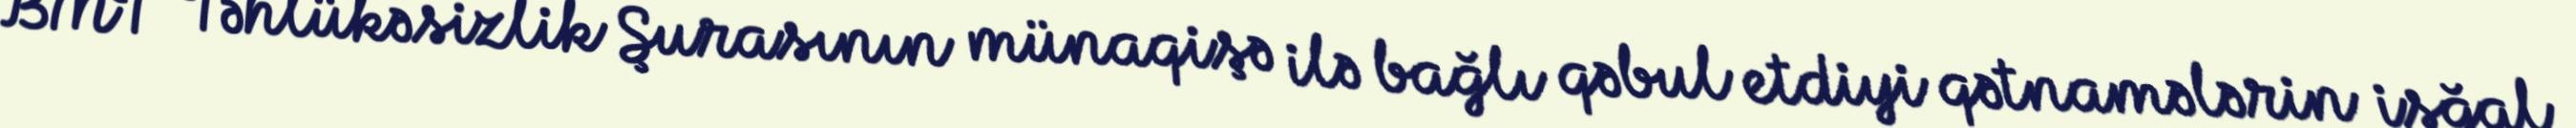
BMT Təhlükəsizlik Şurasının münaqişə ilə bağlı qəbul etdiyi qətnamələrin işğal